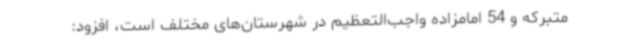
متبرکه و 54 امامزاده واجب‌التعظیم در شهرستان‌های مختلف است، افزود: